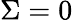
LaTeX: \Sigma=0